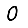
Digit: 0